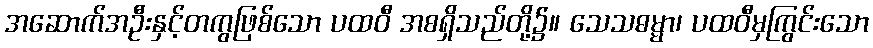
အဆောက်အဦးနှင့်တကွဖြစ်သော ပထဝီ အစရှိသည်တို့၌။ သေသဓမ္မာ၊ ပထဝီမှကြွင်းသော